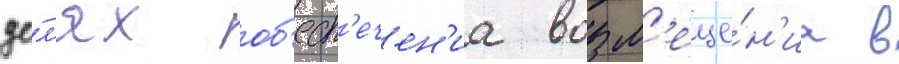
це́л'ях об'есп'ечен'иа возм'еще́н'иа в